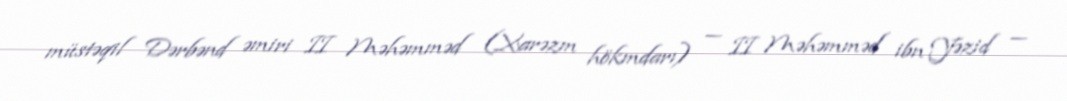
müstəqil Dərbənd əmiri II Məhəmməd (Xarəzm hökmdarı) — II Məhəmməd ibn Yəzid —